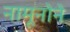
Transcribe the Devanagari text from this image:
नामूनोने